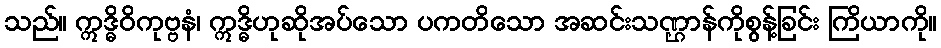
သည်။ ဣဒ္ဓိဝိကုဗ္ဗနံ၊ ဣဒ္ဓိဟုဆိုအပ်သော ပကတိသော အဆင်းသဏ္ဌာန်ကိုစွန့်ခြင်း ကြိယာကို။